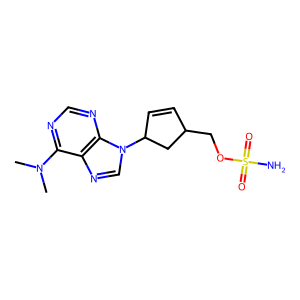
SMILES: CN(C)c1ncnc2c1ncn2C1C=CC(COS(N)(=O)=O)C1
Inhibits HIV replication: No